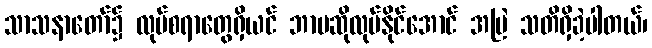
သာသနာတော်၌ လုပ်စရာတွေရှိယင် ဘာမဆိုလုပ်နိုင်အောင် အမြဲ သတိရှိခဲ့ပါတယ်၊